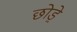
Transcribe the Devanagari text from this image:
छोड़े़